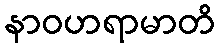
နာဝဟရာမာတိ